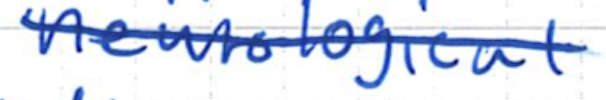
Text: neurological
Cross-out: single-line
Writing tool: ballpoint